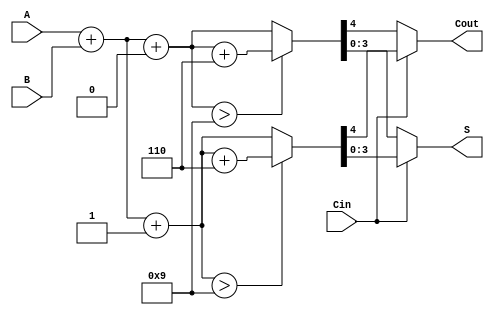
module BCD_MCSA (
    input [3:0] A,     // BCD digit A
    input [3:0] B,     // BCD digit B
    input Cin,         // Carry-in
    output reg [3:0] S, // BCD sum output
    output reg Cout     // Carry-out
);

    wire [4:0] Sum0; // Sum assuming Cin = 0
    wire [4:0] Sum1; // Sum assuming Cin = 1
    wire [4:0] CorrectedSum0; // Corrected sum for Sum0
    wire [4:0] CorrectedSum1; // Corrected sum for Sum1

    // Calculate the two potential sums
    assign Sum0 = A + B + 4'b0000; // Sum when Cin = 0
    assign Sum1 = A + B + 4'b0001; // Sum when Cin = 1

    // BCD correction logic
    assign CorrectedSum0 = (Sum0 > 5'd9) ? (Sum0 + 5'd6) : Sum0;
    assign CorrectedSum1 = (Sum1 > 5'd9) ? (Sum1 + 5'd6) : Sum1;

    // Select the final sum and carry-out based on Cin
    always @(*) begin
        if (Cin == 1'b0) begin
            S = CorrectedSum0[3:0]; // Take the lower 4 bits
            Cout = CorrectedSum0[4]; // Carry-out is the 5th bit
        end else begin
            S = CorrectedSum1[3:0]; // Take the lower 4 bits
            Cout = CorrectedSum1[4]; // Carry-out is the 5th bit
        end
    end

endmodule